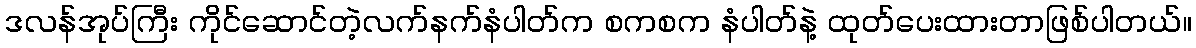
ဒလန်အုပ်ကြီး ကိုင်ဆောင်တဲ့လက်နက်နံပါတ်က စကစက နံပါတ်နဲ့ ထုတ်ပေးထားတာဖြစ်ပါတယ်။